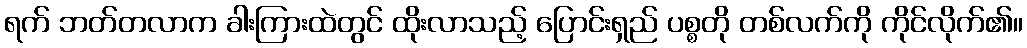
ရက် ဘတ်တလာက ခါးကြားထဲတွင် ထိုးလာသည့် ပြောင်းရှည် ပစ္စတို တစ်လက်ကို ကိုင်လိုက်၏။